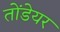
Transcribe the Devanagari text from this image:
तोंडेयर